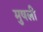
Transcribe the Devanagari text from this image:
मुषली